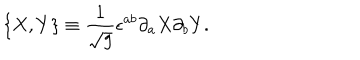
LaTeX: \{ X , Y \} \equiv \frac { 1 } { \sqrt { g } } \epsilon ^ { a b } \partial _ { a } X \partial _ { b } Y .